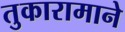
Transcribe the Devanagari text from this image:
तुकारामाने